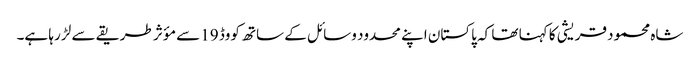
شاہ محمود قریشی کا کہنا تھا کہ پاکستان اپنے محدود وسائل کے ساتھ کووڈ 19 سے مؤثر طریقے سے لڑ رہا ہے۔